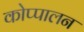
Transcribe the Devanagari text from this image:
कोप्पालन